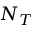
N _ { T }